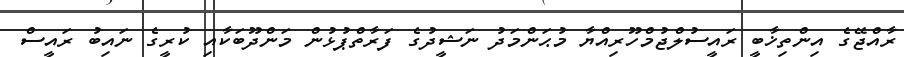
ރާއްޖޭގެ އިންތިޚާބީ ރައީސުލްޖުމްހޫރިއްޔާ މުޙަންމަދު ނަޝީދުގެ ފަރާތްޕުޅުން މަންދޫބަކާއި ކުރީގެ ނައިބު ރައީސް